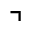
\urcorner